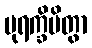
ပုရက္ခိပိတွာ